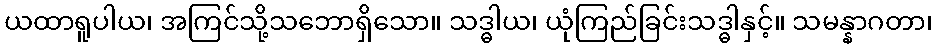
ယထာရူပါယ၊ အကြင်သို့သဘောရှိသော။ သဒ္ဓါယ၊ ယုံကြည်ခြင်းသဒ္ဓါနှင့်။ သမန္နာဂတာ၊